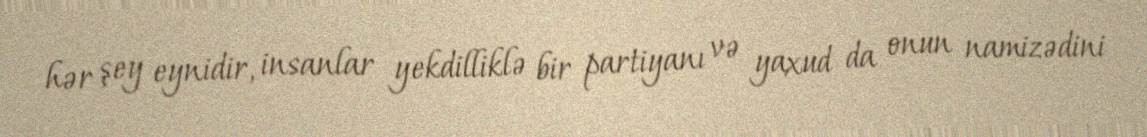
hər şey eynidir, insanlar yekdilliklə bir partiyanı və yaxud da onun namizədini